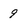
Character: 9